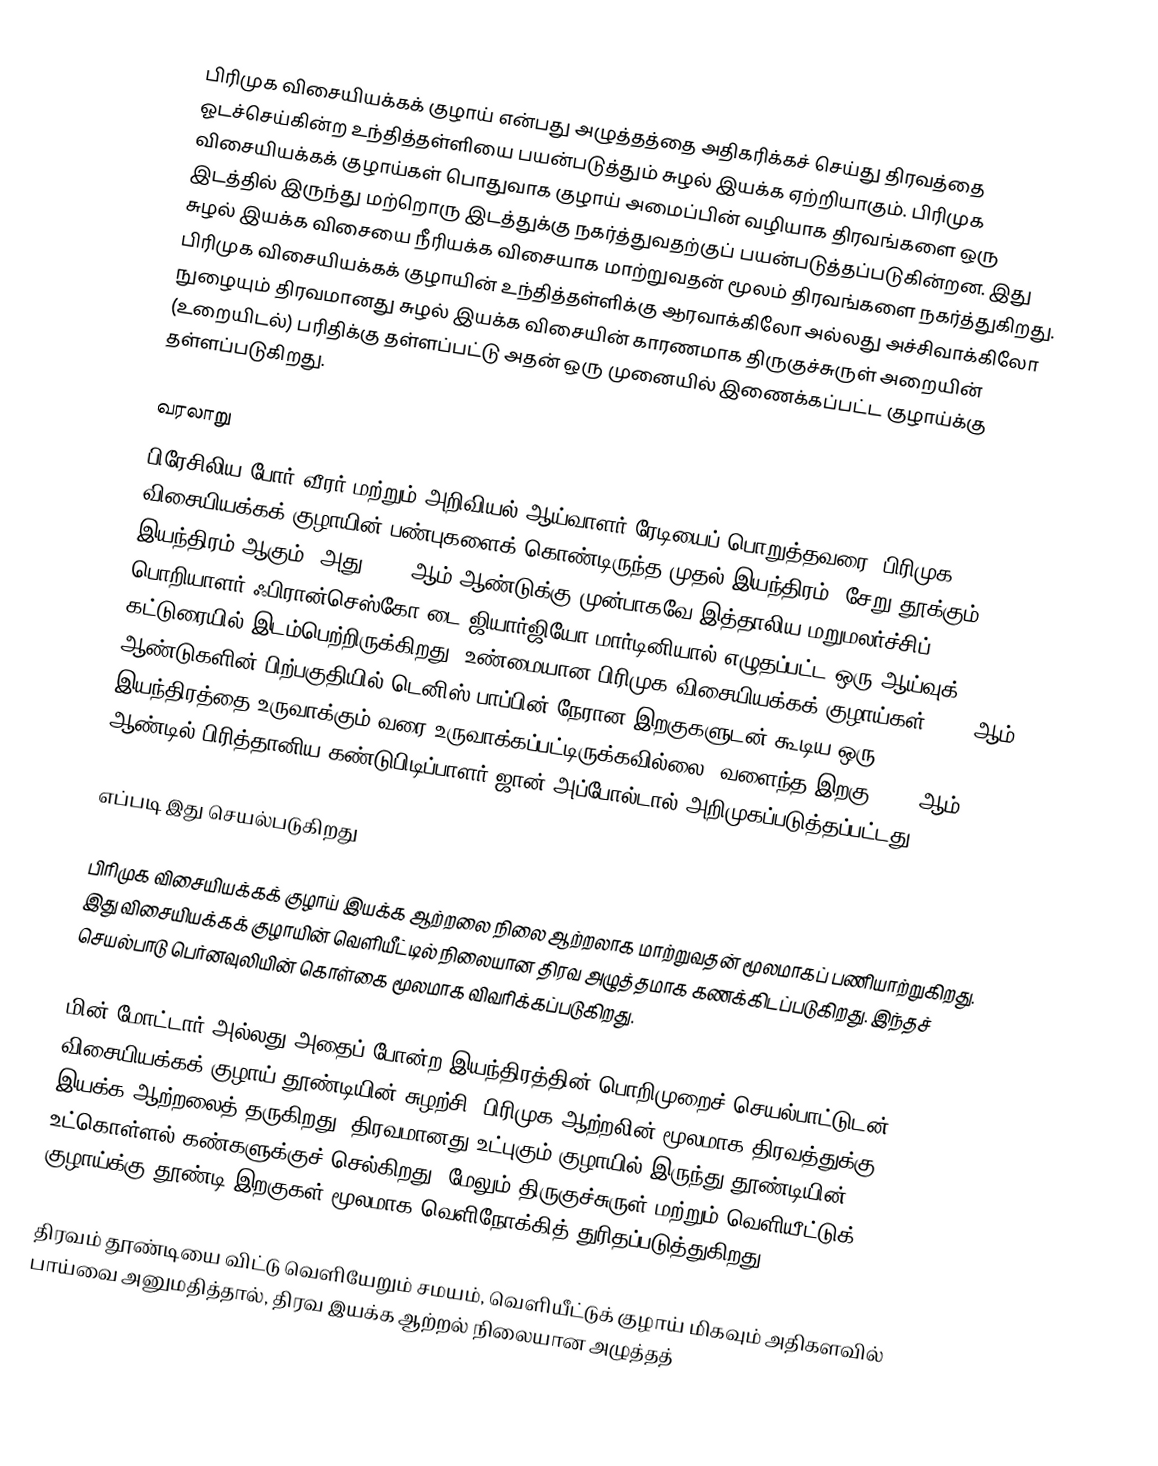
பிரிமுக விசையியக்கக் குழாய் என்பது அழுத்தத்தை அதிகரிக்கச் செய்து திரவத்தை ஓடச்செய்கின்ற உந்தித்தள்ளியை பயன்படுத்தும் சுழல் இயக்க ஏற்றியாகும். பிரிமுக விசையியக்கக் குழாய்கள் பொதுவாக குழாய் அமைப்பின் வழியாக திரவங்களை ஒரு இடத்தில் இருந்து மற்றொரு இடத்துக்கு நகர்த்துவதற்குப் பயன்படுத்தப்படுகின்றன. இது சுழல் இயக்க விசையை நீரியக்க விசையாக மாற்றுவதன் மூலம் திரவங்களை நகர்த்துகிறது. பிரிமுக விசையியக்கக் குழாயின் உந்தித்தள்ளிக்கு ஆரவாக்கிலோ அல்லது அச்சிவாக்கிலோ நுழையும் திரவமானது சுழல் இயக்க விசையின் காரணமாக திருகுச்சுருள் அறையின் (உறையிடல்) பரிதிக்கு தள்ளப்பட்டு அதன் ஒரு முனையில் இணைக்கப்பட்ட குழாய்க்கு தள்ளப்படுகிறது.

வரலாறு
பிரேசிலிய போர் வீரர் மற்றும் அறிவியல் ஆய்வாளர் ரேடியைப் பொறுத்தவரை, பிரிமுக விசையியக்கக் குழாயின் பண்புகளைக் கொண்டிருந்த முதல் இயந்திரம், சேறு தூக்கும் இயந்திரம் ஆகும். அது 1475 ஆம் ஆண்டுக்கு முன்பாகவே இத்தாலிய மறுமலர்ச்சிப் பொறியாளர் ஃபிரான்செஸ்கோ டை ஜியார்ஜியோ மார்டினியால் எழுதப்பட்ட ஒரு ஆய்வுக் கட்டுரையில் இடம்பெற்றிருக்கிறது. உண்மையான பிரிமுக விசையியக்கக் குழாய்கள் 1600 ஆம் ஆண்டுகளின் பிற்பகுதியில் டெனிஸ் பாப்பின் நேரான இறகுகளுடன் கூடிய ஒரு இயந்திரத்தை உருவாக்கும் வரை உருவாக்கப்பட்டிருக்கவில்லை. வளைந்த இறகு 1851 ஆம் ஆண்டில் பிரித்தானிய கண்டுபிடிப்பாளர் ஜான் அப்போல்டால் அறிமுகப்படுத்தப்பட்டது.

எப்படி இது செயல்படுகிறது

பிரிமுக விசையியக்கக் குழாய் இயக்க ஆற்றலை நிலை ஆற்றலாக மாற்றுவதன் மூலமாகப் பணியாற்றுகிறது. இது விசையியக்கக் குழாயின் வெளியீட்டில் நிலையான திரவ அழுத்தமாக கணக்கிடப்படுகிறது. இந்தச் செயல்பாடு பெர்னவுலியின் கொள்கை மூலமாக விவரிக்கப்படுகிறது.

மின் மோட்டார் அல்லது அதைப் போன்ற இயந்திரத்தின் பொறிமுறைச் செயல்பாட்டுடன், விசையியக்கக் குழாய் தூண்டியின் சுழற்சி, பிரிமுக ஆற்றலின் மூலமாக திரவத்துக்கு இயக்க ஆற்றலைத் தருகிறது. திரவமானது உட்புகும் குழாயில் இருந்து தூண்டியின் உட்கொள்ளல் கண்களுக்குச் செல்கிறது. மேலும் திருகுச்சுருள் மற்றும் வெளியீட்டுக் குழாய்க்கு தூண்டி இறகுகள் மூலமாக வெளிநோக்கித் துரிதப்படுத்துகிறது.

திரவம் தூண்டியை விட்டு வெளியேறும் சமயம், வெளியீட்டுக் குழாய் மிகவும் அதிகளவில் பாய்வை அனுமதித்தால், திரவ இயக்க ஆற்றல் நிலையான அழுத்தத்